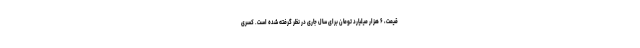
قیمت، ۶ هزار میلیارد تومان برای سال جاری در نظر گرفته شده است. کسری